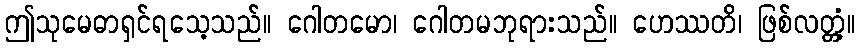
ဤသုမေဓာရှင်ရသေ့သည်။ ဂေါတမော၊ ဂေါတမဘုရားသည်။ ဟေဿတိ၊ ဖြစ်လတ္တံ့။